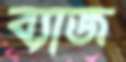
ব্যাজ